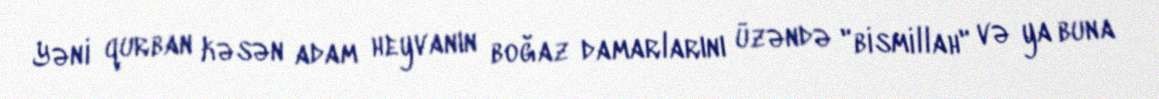
Yəni qurban kəsən adam heyvanın boğaz damarlarını üzəndə "bismillah" və ya buna